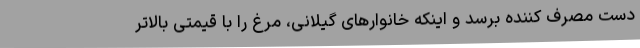
دست مصرف کننده برسد و اینکه خانوارهای گیلانی، مرغ را با قیمتی بالاتر